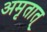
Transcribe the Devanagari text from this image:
अमृतात्‌